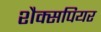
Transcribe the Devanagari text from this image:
शैक्सपियर